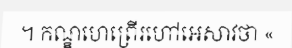
។ កណ្ឌហេព្រើរហៅអេសាវថា «